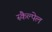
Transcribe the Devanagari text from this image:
स्कैल्पेल